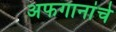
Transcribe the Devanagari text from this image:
अफगानांचे